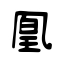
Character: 凰